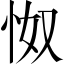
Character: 怓